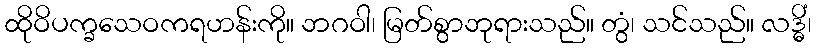
ထိုဝိပက္ခသေဝကရဟန်းကို။ ဘဂဝါ၊ မြတ်စွာဘုရားသည်။ တွံ၊ သင်သည်။ လဒ္ဓိံ၊